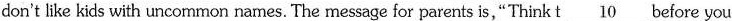
don't like kids with uncommon names. The message for parents is,"Think t \underline{10} before you